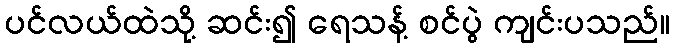
ပင်လယ်ထဲသို့ ဆင်း၍ ရေသန့် စင်ပွဲ ကျင်းပသည်။